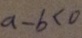
a - b < 0